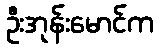
ဦးအုန်းမောင်က